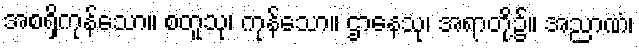
အစရှိကုန်သော။ စတူသု၊ ကုန်သော။ ဌာနေသု၊ အရာတို့၌။ အညာဏံ၊